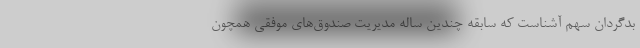
بدگردان سهم آشناست که سابقه چندین ساله مدیریت صندوق‌های موفقی همچون